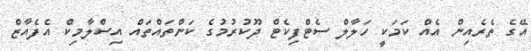
އޭގެ ތެރެއިން އެއް ކަމަކީ ހަލާލް ސެޓްފިކެޓް ދޫކުރުމުގެ ކަންތައްތައް އިސްލާމިކް އެފެއާޒް